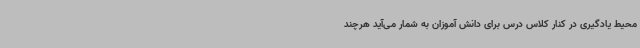
محیط یادگیری در کنار کلاس درس برای دانش آموزان به شمار می‌آید هرچند